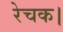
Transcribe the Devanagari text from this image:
रेचक।